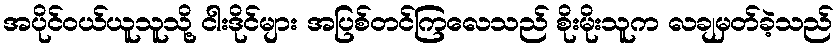
အပိုင်ဝယ်ယူသူသို့ ငါးဒိုင်များ အပြစ်တင်ကြလေသည် စိုးမိုးသူက လချမှတ်ခဲ့သည်